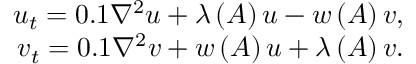
\begin{array} { r } { u _ { t } = 0 . 1 \nabla ^ { 2 } u + \lambda \left( A \right) u - w \left( A \right) v , } \\ { v _ { t } = 0 . 1 \nabla ^ { 2 } v + w \left( A \right) u + \lambda \left( A \right) v . } \end{array}